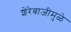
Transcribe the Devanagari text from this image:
शेरेबाजीमुळे